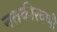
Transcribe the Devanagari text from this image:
नतकीरवणी